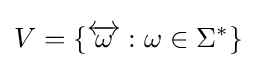
V=\{{\overleftrightarrow {\omega }}:\omega \in \Sigma ^{*}\}